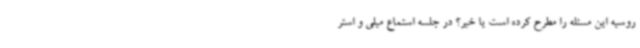
روسیه این مسئله را مطرح کرده است یا خیر؟ در جلسه استماع میلی و استر